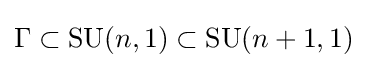
\Gamma \subset \mathrm {SU} (n,1)\subset \mathrm {SU} (n+1,1)